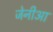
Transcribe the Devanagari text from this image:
जेनीआ